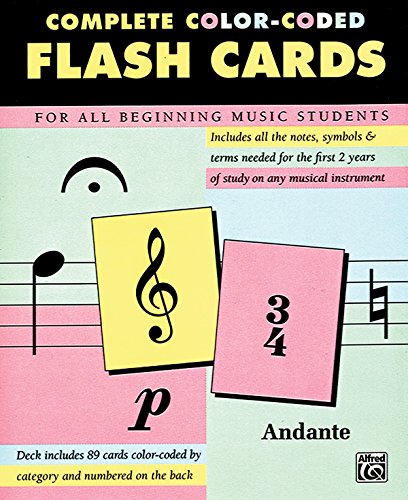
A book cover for Complete Color Coded Flash Cards for All Beginning Music Students; Alfred Publishing; Arts & Photography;